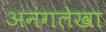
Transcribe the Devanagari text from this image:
अनंगलेखा